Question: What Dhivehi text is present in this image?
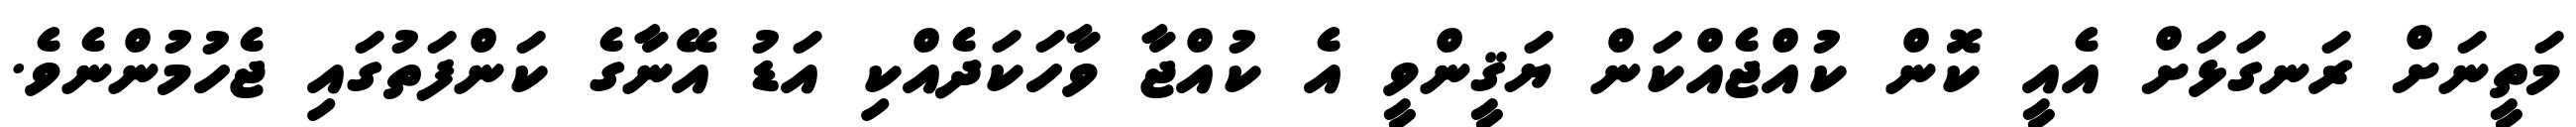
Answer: މަތީނަށް ރަނގަޅަށް އެއީ ކޮން ކުއްޖެއްކަން ޔަޤީންވީ އެ ކުއްޖާ ވާހަކަދެއްކި އަޑު އޭނާގެ ކަންފަތުގައި ޖެހުމުންނެވެ.